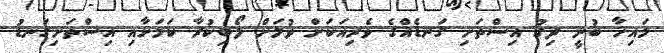
މައިހާ ބުނީ ދިގު އިސްތަށި ގަނޑެއްގެ ވެރިއަކަށް ވުމަށް ލޯބިކުރާ ކަމަށާއި އިސްތަށިގަނޑު